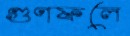
গুণফলে